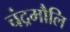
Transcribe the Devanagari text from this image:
चंद्रमौलि